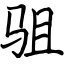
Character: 驵